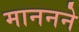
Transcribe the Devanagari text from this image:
माननने